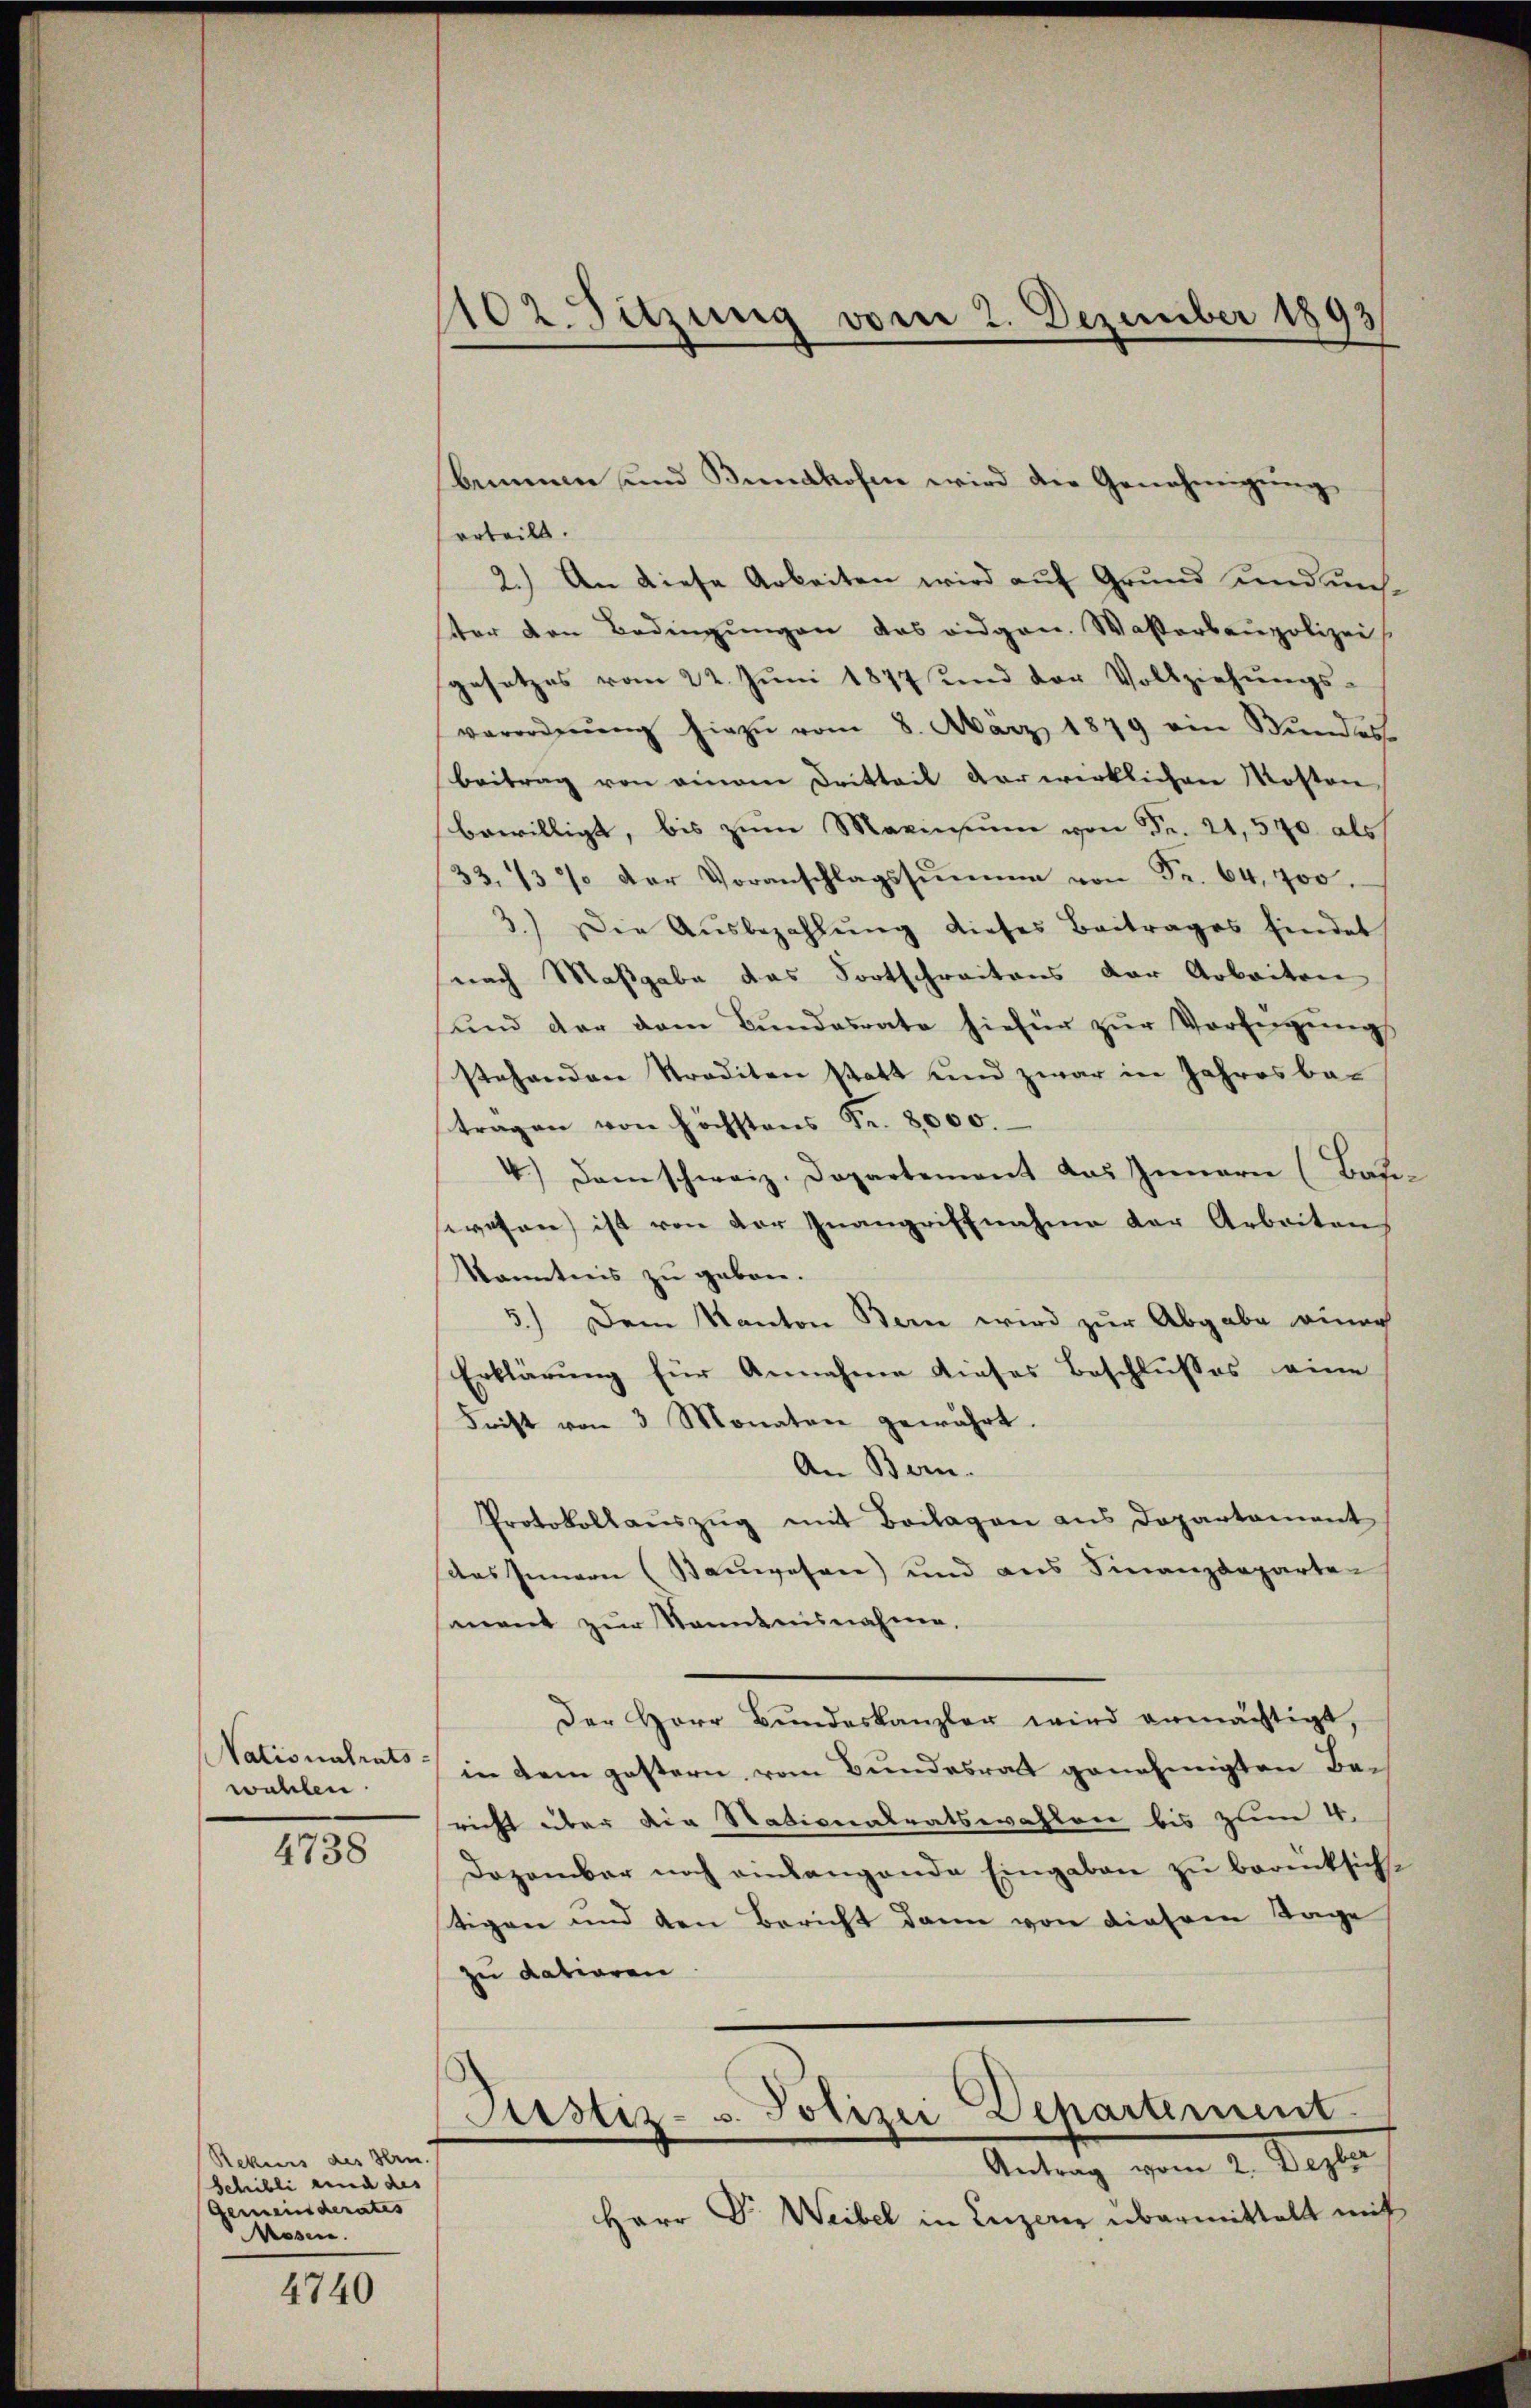
Nationalrats-
wahlen.

4738

Rekurs des Hern.
Schilli und des
Gemeinderates
Assen.

4740

102. Sitzung vom 2. Dezember 1893

orteilt.
2.) An diese Arbeiten wird auf Grund und unchster den Bedingungen das eidgen. Wasserbaupolizei
gesetzes vom 22. Juni 1877 und der Vollziehŭngs-
verordnŭng hiezŭ vom 8. März 1879 ein Bŭndes
Beitrag von einem Dritteil verwirklichen Mosten
bewilligt, bis zum Marinsum von Fr. 21,540 als
33. 137 der Voranschlagssumme von Fr. 64, 700.
3.) Die Aŭsbezahlŭng dieses Beitrages findet
nach Maßgabe das Fortschreitens der Arbeiten
ŭnd der dem Bŭndesrate hiefür zŭr Verfügŭng
stehenden Straditen statt und zwar in Jahresba-
tragen von höchstens Fr. 8000.
4.) Dem schweiz. Departement das Innern (Bau-
sewesen ist von der Inangriffnahme der Arbeiten
kanntnis zu geben.
3.) Dem Kanton Bern wird zur Abgabe einne
Erklärung für Annahme dieses Beschlusses eine
Frist von 3 Monaten gewährt.
An Bern.
Protokollaŭszŭg mit Beilagen ans Departament
das Innern (Sauwesen) und aus Finanzdeparte
sament zur Kenntnisnahme.
Der Herr Bundeskanzler wird ermächtigt,
in dem gestern vom Bundesrat genehmigten Bericht über die Nationalratswahlen bis zum 4.
Dozambar noch anlangende Eingaben zŭ berüksich
tigen und den Bericht dann von diesem Tage
zu dationen
Justiz- u. Polizei Departement
Antrag vom 2. Dezber
Herr Dr. Weibel in Luzerer übermittelt mit

bimmen und Bundhofen wird die Genehmigung